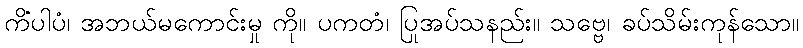
ကိံပါပံ၊ အဘယ်မကောင်းမှု ကို။ ပကတံ၊ ပြုအပ်သနည်း။ သဗ္ဗေ၊ ခပ်သိမ်းကုန်သော။